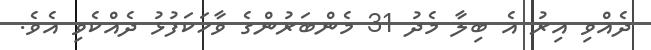
ދެއްވި އިރު އެ ބިލާ މެދު 31 މެންބަރުންގެ ވާހަކަފުޅު ދެއްކެެވި އެވެ.